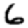
Digit: 6